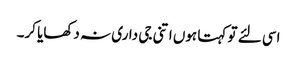
اسی لئے تو کہتا ہوں اتنی جی داری نہ دکھایا کر۔